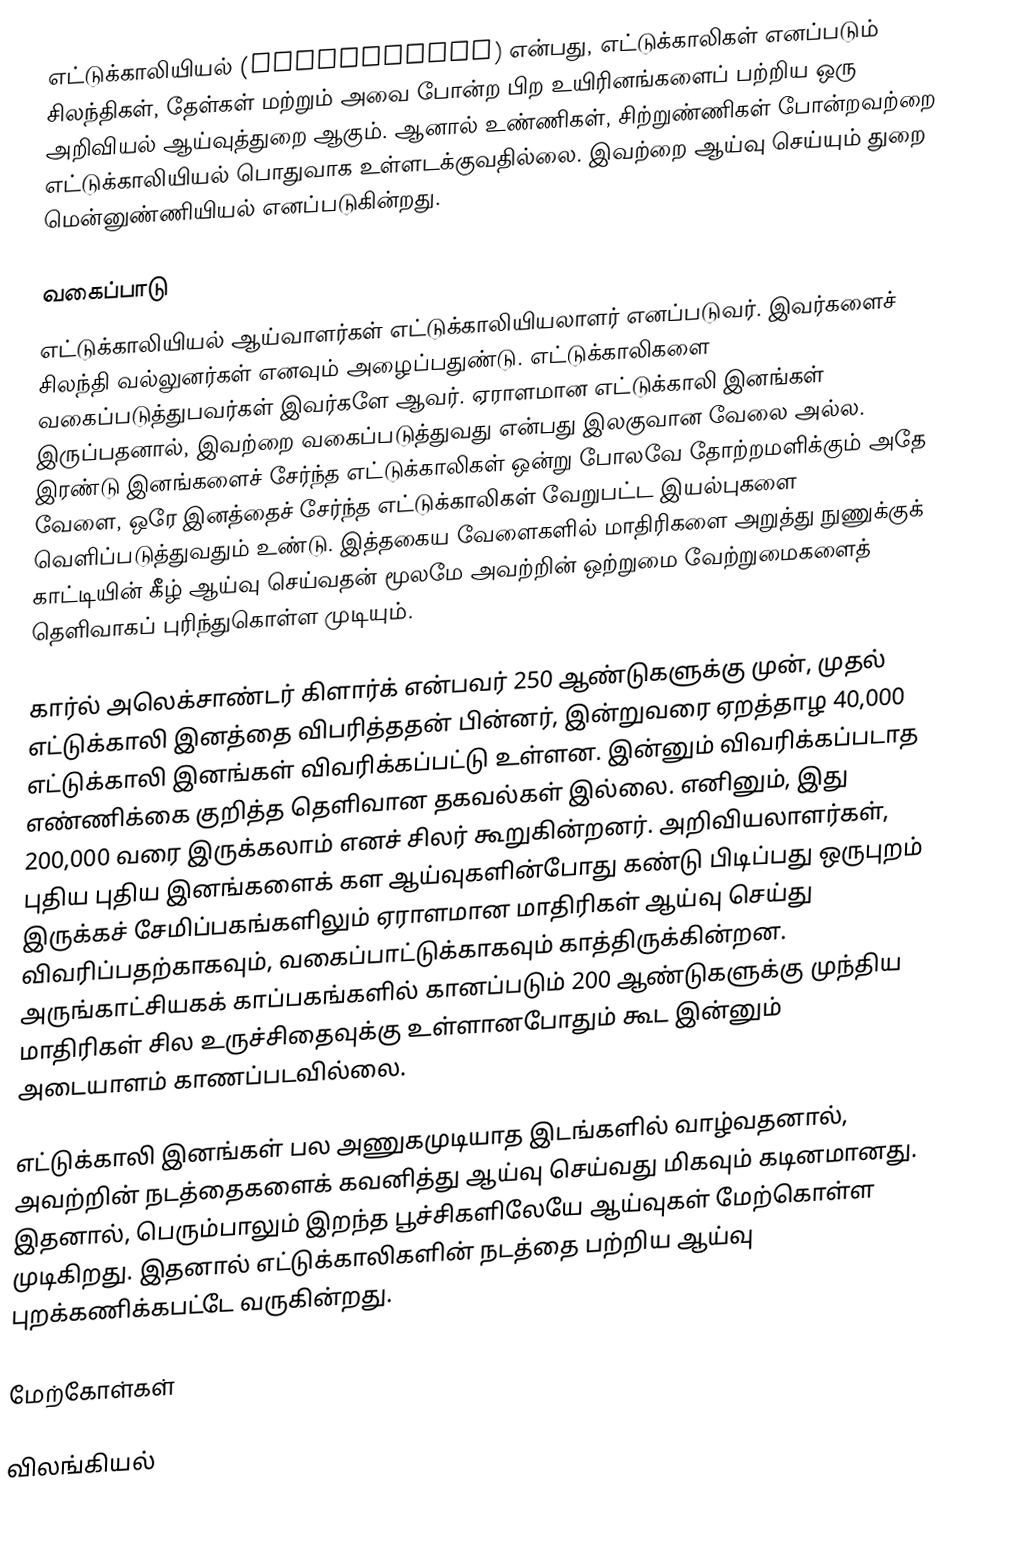
எட்டுக்காலியியல் (Arachnology) என்பது, எட்டுக்காலிகள் எனப்படும் சிலந்திகள், தேள்கள் மற்றும் அவை போன்ற பிற உயிரினங்களைப் பற்றிய ஒரு அறிவியல் ஆய்வுத்துறை ஆகும். ஆனால் உண்ணிகள், சிற்றுண்ணிகள் போன்றவற்றை எட்டுக்காலியியல் பொதுவாக உள்ளடக்குவதில்லை. இவற்றை ஆய்வு செய்யும் துறை மென்னுண்ணியியல் எனப்படுகின்றது.

வகைப்பாடு
எட்டுக்காலியியல் ஆய்வாளர்கள் எட்டுக்காலியியலாளர் எனப்படுவர். இவர்களைச் சிலந்தி வல்லுனர்கள் எனவும் அழைப்பதுண்டு. எட்டுக்காலிகளை வகைப்படுத்துபவர்கள் இவர்களே ஆவர். ஏராளமான எட்டுக்காலி இனங்கள் இருப்பதனால், இவற்றை வகைப்படுத்துவது என்பது இலகுவான வேலை அல்ல. இரண்டு இனங்களைச் சேர்ந்த எட்டுக்காலிகள் ஒன்று போலவே தோற்றமளிக்கும் அதே வேளை, ஒரே இனத்தைச் சேர்ந்த எட்டுக்காலிகள் வேறுபட்ட இயல்புகளை வெளிப்படுத்துவதும் உண்டு. இத்தகைய வேளைகளில் மாதிரிகளை அறுத்து நுணுக்குக் காட்டியின் கீழ் ஆய்வு செய்வதன் மூலமே அவற்றின் ஒற்றுமை வேற்றுமைகளைத் தெளிவாகப் புரிந்துகொள்ள முடியும்.

கார்ல் அலெக்சாண்டர் கிளார்க் என்பவர் 250 ஆண்டுகளுக்கு முன், முதல் எட்டுக்காலி இனத்தை விபரித்ததன் பின்னர், இன்றுவரை ஏறத்தாழ 40,000 எட்டுக்காலி இனங்கள் விவரிக்கப்பட்டு உள்ளன. இன்னும் விவரிக்கப்படாத எண்ணிக்கை குறித்த தெளிவான தகவல்கள் இல்லை. எனினும், இது 200,000 வரை இருக்கலாம் எனச் சிலர் கூறுகின்றனர். அறிவியலாளர்கள், புதிய புதிய இனங்களைக் கள ஆய்வுகளின்போது கண்டு பிடிப்பது ஒருபுறம் இருக்கச் சேமிப்பகங்களிலும் ஏராளமான மாதிரிகள் ஆய்வு செய்து விவரிப்பதற்காகவும், வகைப்பாட்டுக்காகவும் காத்திருக்கின்றன. அருங்காட்சியகக் காப்பகங்களில் கானப்படும் 200 ஆண்டுகளுக்கு முந்திய மாதிரிகள் சில உருச்சிதைவுக்கு உள்ளானபோதும் கூட இன்னும் அடையாளம் காணப்படவில்லை.

எட்டுக்காலி இனங்கள் பல அணுகமுடியாத இடங்களில் வாழ்வதனால், அவற்றின் நடத்தைகளைக் கவனித்து ஆய்வு செய்வது மிகவும் கடினமானது. இதனால், பெரும்பாலும் இறந்த பூச்சிகளிலேயே ஆய்வுகள் மேற்கொள்ள முடிகிறது. இதனால் எட்டுக்காலிகளின் நடத்தை பற்றிய ஆய்வு புறக்கணிக்கபட்டே வருகின்றது.

மேற்கோள்கள்

விலங்கியல்